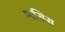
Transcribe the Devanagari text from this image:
मासिस